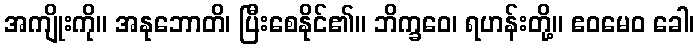
အကျိုးကို။ အနုဘောတိ၊ ပြီးစေနိုင်၏။ ဘိက္ခဝေ၊ ရဟန်းတို့။ ဧဝမေဝ ခေါ၊